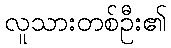
လူသားတစ်ဦး၏